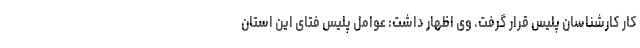
کار کارشناسان پلیس قرار گرفت. وی اظهار داشت: عوامل پلیس فتای این استان